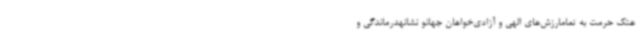
هتک حرمت به تمامارزش‌های الهی و آزادی‌خواهان جهانو نشانهدرماندگی و